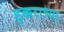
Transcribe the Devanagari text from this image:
डुक्कराच्या